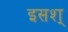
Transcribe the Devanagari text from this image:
इसश्